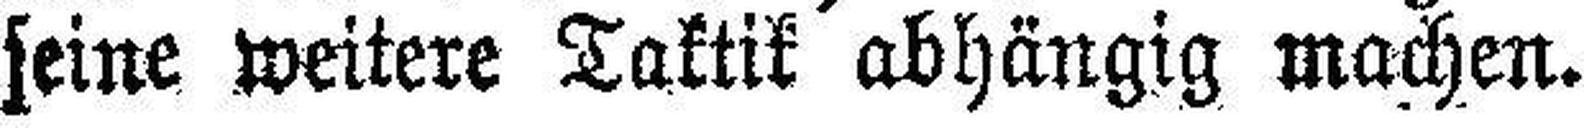
seine weitere Taktik abhängig machen.